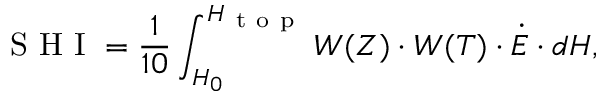
\mathrm { ~ S ~ H ~ I ~ } = \frac { 1 } { 1 0 } \int _ { H _ { 0 } } ^ { H _ { \mathrm { ~ t ~ o ~ p ~ } } } W ( Z ) \cdot W ( T ) \cdot \dot { E } \cdot d H ,